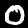
Digit: 0